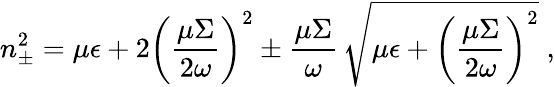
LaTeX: n_{\pm}^{2}=\mu\epsilon+2\left(\frac{\mu\Sigma}{2\omega}\right)^{2}\pm\frac{\mu\Sigma}{\omega}\, \sqrt{\mu\epsilon+\left(\frac{\mu\Sigma}{2\omega}\right)^{2}}\; ,